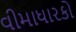
વીમાધારકો